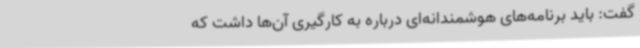
گفت: باید برنامه‌های هوشمندانه‌ای درباره به کارگیری آن‌ها داشت که